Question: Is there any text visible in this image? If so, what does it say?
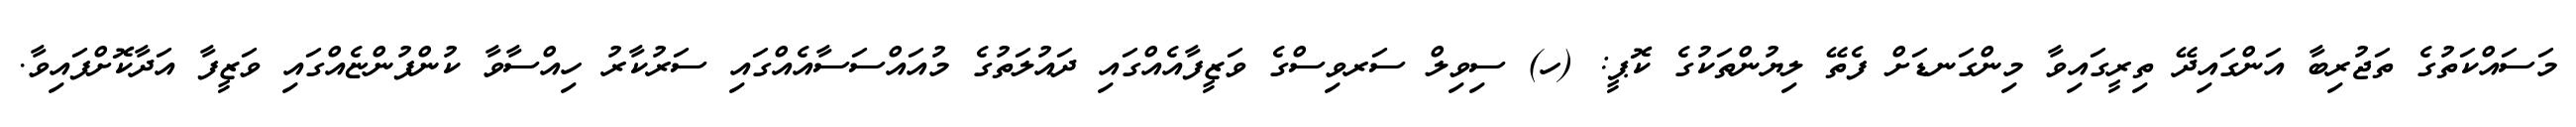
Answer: މަސައްކަތުގެ ތަޖުރިބާ އަންގައިދޭ ތިރީގައިވާ މިންގަނޑަށް ފެތޭ ލިޔުންތަކުގެ ކޮޕީ: (ހ) ސިވިލް ސަރވިސްގެ ވަޒީފާއެއްގައި ދައުލަތުގެ މުއައްސަސާއެއްގައި ސަރުކާރު ހިއްސާވާ ކުންފުންޏެއްގައި ވަޒީފާ އަދާކޮށްފައިވާ.